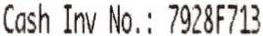
CASH INV NO.: 7928F713